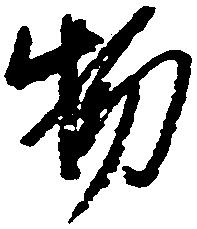
物